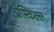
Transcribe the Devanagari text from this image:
प्रेस्किल्ल